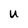
Character: u